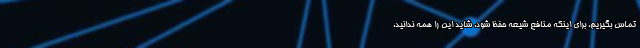
تماس بگیریم، برای اینکه منافع شیعه حفظ شود. شاید این را همه ندانید.